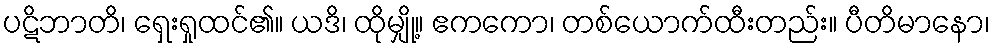
ပဋိဘာတိ၊ ရှေးရှုထင်၏။ ယဒိ၊ ထိုမျှို့။ ဧကကော၊ တစ်ယောက်ထီးတည်း။ ပီတိမာနော၊